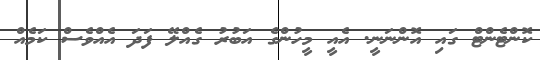
ކޮންޓެންޓް ގައި އޮންނަނީ. އެއީ މީހުންގެ އަބުރު ގެއްލޭ ފަދަ އެއްވެސް ކަމެއް